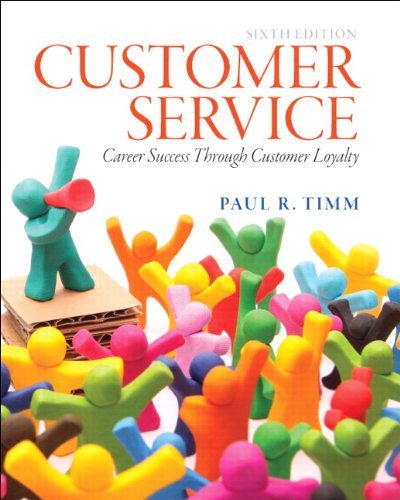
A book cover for Customer Service: Career Success Through Customer Loyalty (6th Edition); Paul R. Timm; Business & Money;